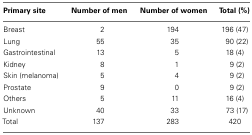
| Primary site | Number of men | Number of women | Total (%) |
 | --- | --- | --- | --- |
 | Breast | 2 | 194 | 196 (47) |
 | Lung | 55 | 35 | 90 (22) |
 | Gastrointestinal | 13 | 5 | 18 (4) |
 | Kidney | 8 | 1 | 9 (2) |
 | Skin (melanoma) | 5 | 4 | 9 (2) |
 | Prostate | 9 | 0 | 9 (2) |
 | Others | 5 | 11 | 16 (4) |
 | Unknown | 40 | 33 | 73 (17) |
 | Total | 137 | 283 | 420 |